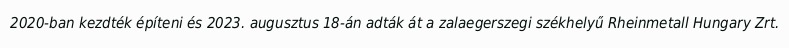
2020-ban kezdték építeni és 2023. augusztus 18-án adták át a zalaegerszegi székhelyű Rheinmetall Hungary Zrt.